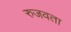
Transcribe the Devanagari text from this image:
रुजवता